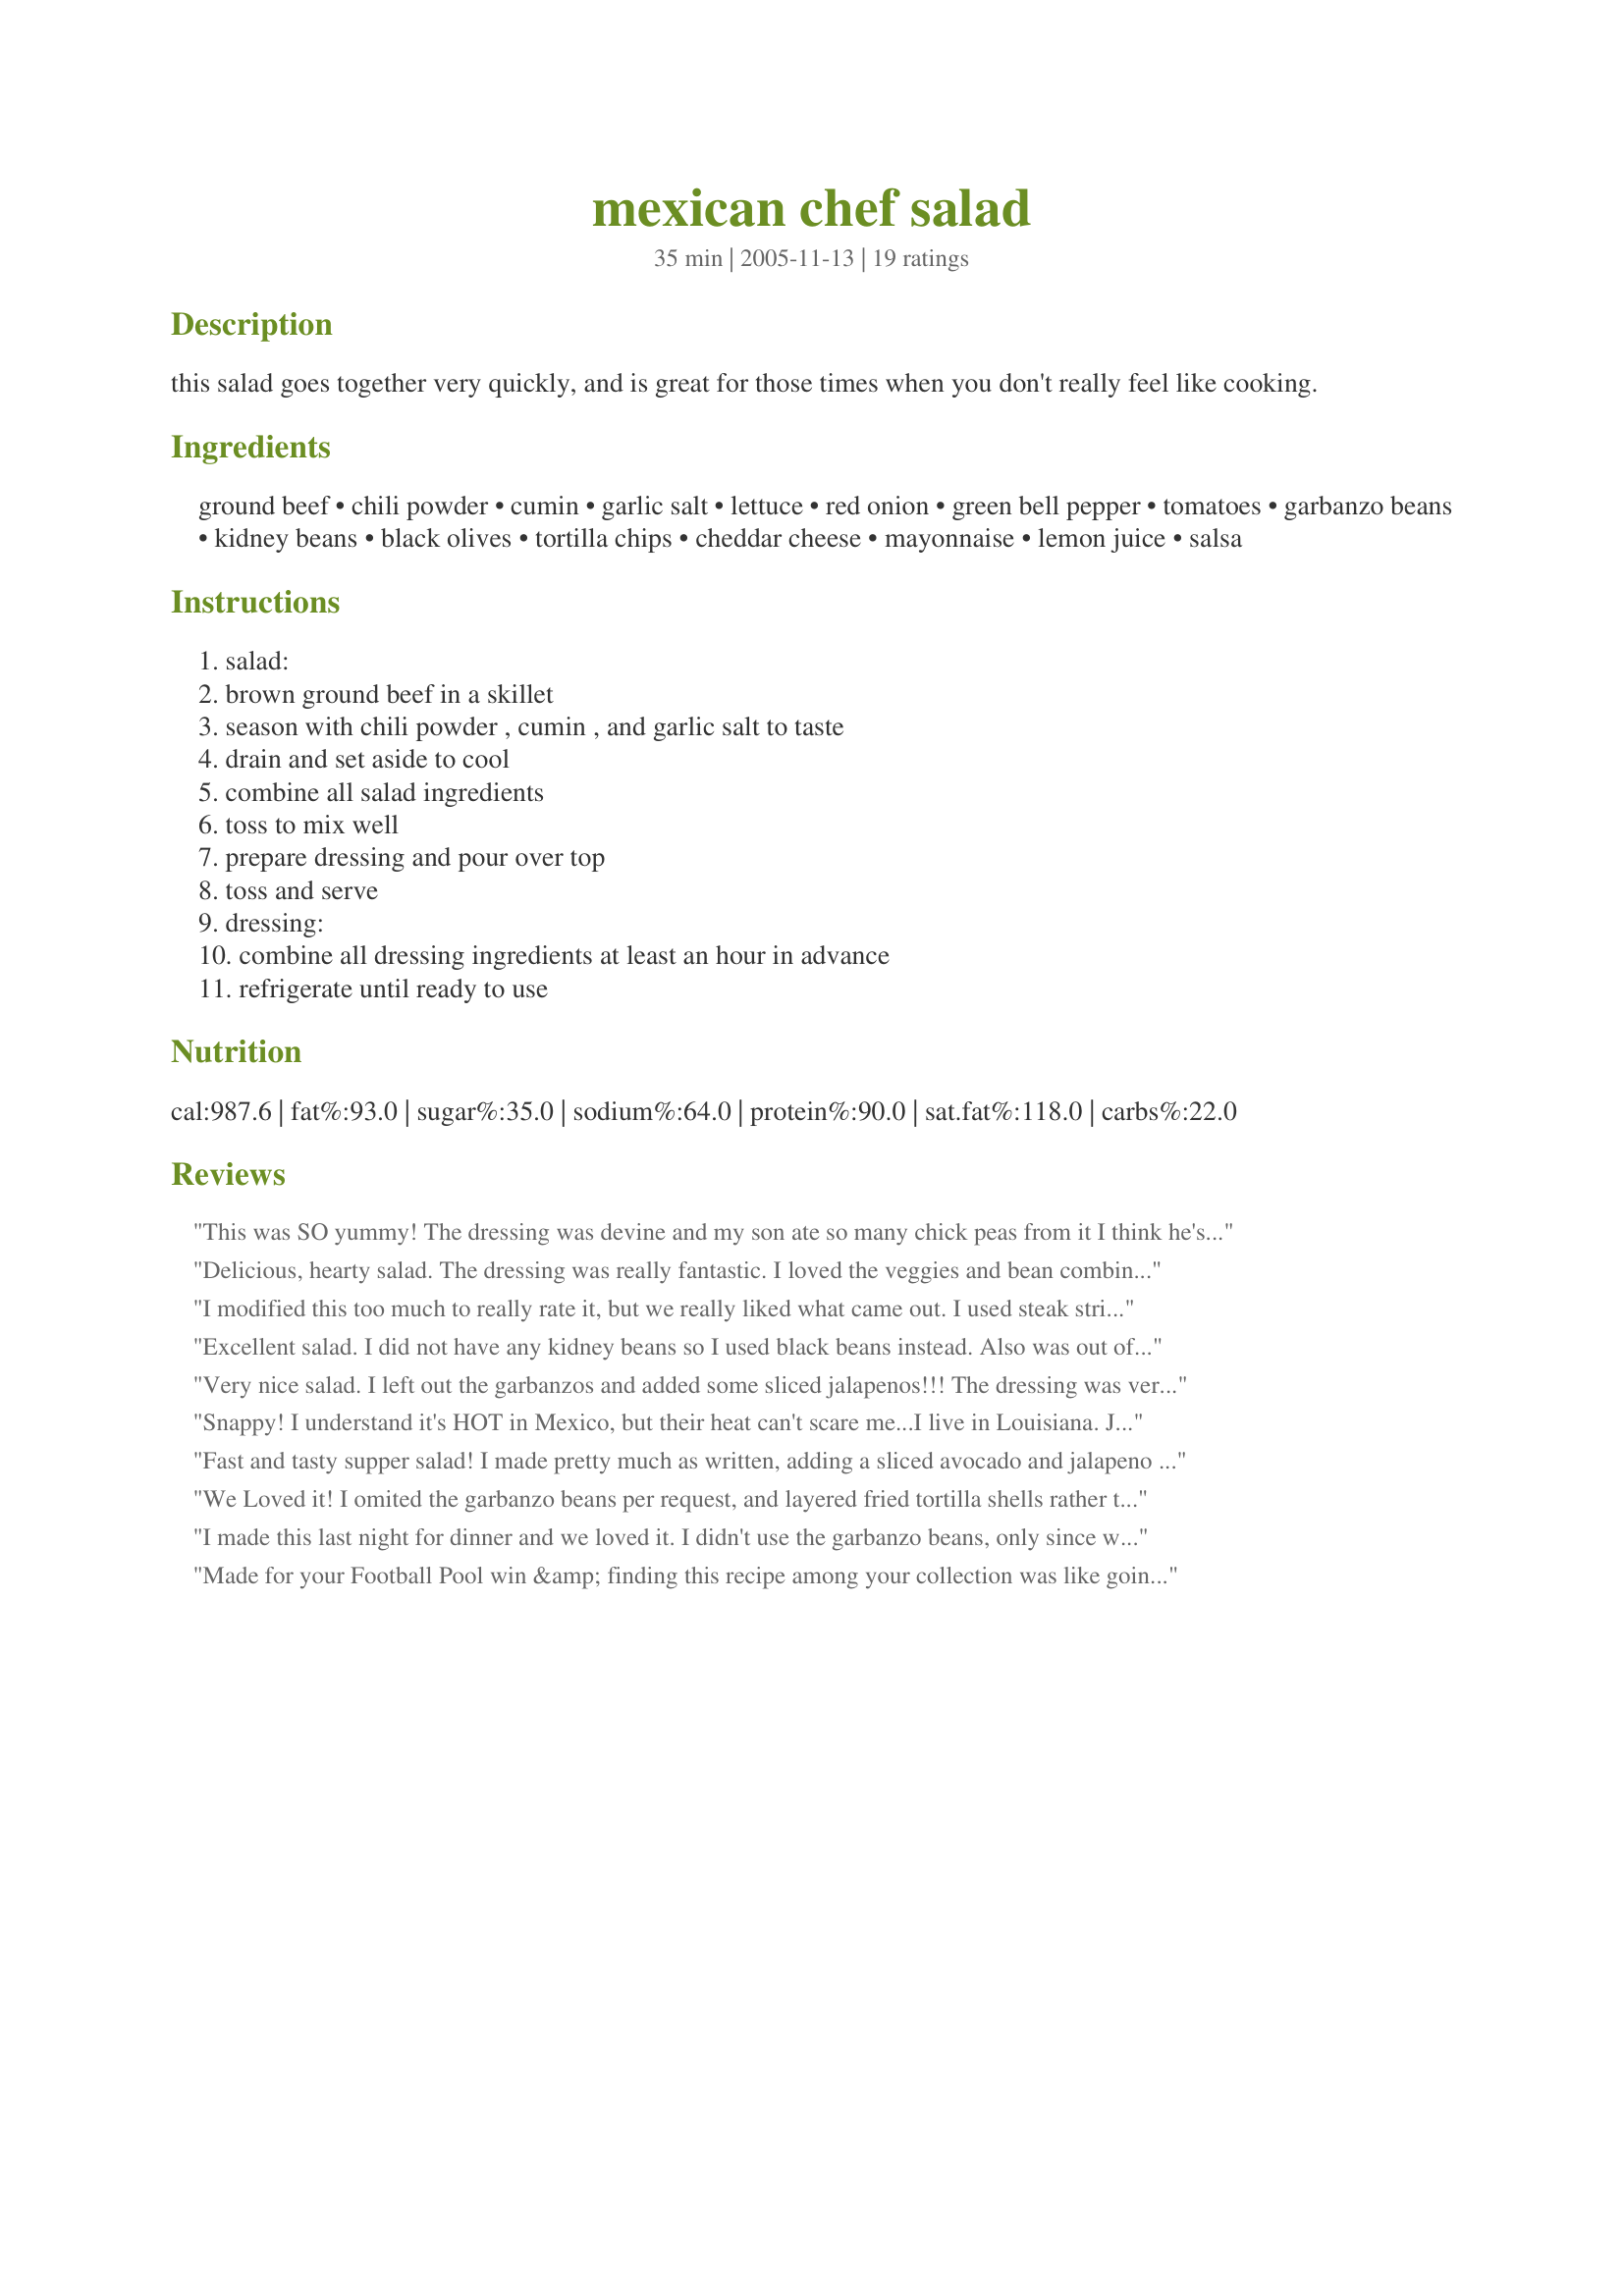
mexican chef salad
Preparation time: 35 minutes

this salad goes together very quickly, and is great for those times when you don't really feel like cooking.

Ingredients:
ground beef, chili powder, cumin, garlic salt, lettuce, red onion, green bell pepper, tomatoes, garbanzo beans, kidney beans, black olives, tortilla chips, cheddar cheese, mayonnaise, lemon juice, salsa

Steps:
salad:, brown ground beef in a skillet, season with chili powder , cumin , and garlic salt to taste, drain and set aside to cool, combine all salad ingredients, toss to mix well, prepare dressing and pour over top, toss and serve, dressing:, combine all dressing ingredients at least an hour in advance, refrigerate until ready to use

Reviews:
This was SO yummy! The dressing was devine and my son ate so many chick peas from it I think he's going to explode. A keeper for sure! Perfect for a lazy weekend meal. We left out the olives and bell pepper and cooked the onion with the beef. YUM!
Delicious, hearty salad. The dressing was really fantastic. I loved the veggies and bean combination. I used a white onion in place of a red, but otherwise I made this just as written. Thanx for a great, simple salad meal. I'll make this again!
I modified this too much to really rate it, but we really liked what came out. I used steak strips rather than ground beef, a whole head of green leaf lettuce, didn't have olives, bell peppers, or corn chips, only used a couple ounces of shredded cheese, and only made half of the dressing (with a reduced fat olive oil mayonnaise) for the entire salad. It lowered the calorie count significantly, which was good for us.
Excellent salad. I did not have any kidney beans so I used black beans instead. Also was out of black olives. I really like the dressing with the combination of the mayonnaise and salsa, I used more cumin than suggested! Will definitely make this again. Made for ZWT8 and The Wild Bunch.
Very nice salad. I left out the garbanzos and added some sliced jalapenos!!! The dressing was very good!
Snappy! I understand it's HOT in Mexico, but their heat can't scare me...I live in Louisiana. Just add a pool. See how helpful I am? Made for ZWT#8~Mexico/Tex-Mex.
Fast and tasty supper salad! I made pretty much as written, adding a sliced avocado and jalapeno to the mix. We are not black olive fans so I subbed kalamatas. For the chips, I made Recipe #260763 and broke them up. The dressing was a great change and complemented the salad well. This will appear again at my house. Thanks for sharing your recipe!
We Loved it! I omited the garbanzo beans per request, and layered fried tortilla shells rather than the crushed chips-sort of like a quesadilla salad-we have had this twice this week-it's now a regular on our rotation!
Thanks for posting,
Di
I made this last night for dinner and we loved it. I didn't use the garbanzo beans, only since we didn't have any and I did add some avocado.....yum. We all loved this salad. I will make again, we love salads in the summertime. It was quick to fix and I almost have all the ingredients on hand always. Thank you for sharing this great salad.
Made for your Football Pool win &amp; finding this recipe among your collection was like going home to Dallas to dine w/old friends. All but 1 of these ingredients are staples for me, so I will admit up front that I left out the kidney beans (not a fan at all). I was otherwise in Tex-Mex heaven. Thx for making losing the Football Pool seem like a reward. :-)
This was a perfect quick and easy dinner on a warm Christmas Eve night...not too heavy and so quick to throw together. We also used your Salsa recipe #142062. Hubby didn't care for the dressing, so he just used the salsa itself, but everything else was fantastic! Thanks for a super recipe and congrats on winning the football pool!
Tasty, easy to throw together. I left out he garbanzo beans (personal preferance). I'll be using this one again. Oh I also added a chopped avacodo. Thanks for sharing and again CONGRATS on your football pool win. (I still plan on your Chicken pot pie at some point)
This was a great salad, has more ingredients than the usual Mexican salad has, this is a huge salad. We have had it for two meals and still have some left over. It would be great for a potluck.
This was a pretty good salad. First time I have had a Mexican salad with garbanzo beans in it. We liked the dressing. 

Thanks Bayhill. 

Bullwinkle
Loved this salad. I too left off the garbanzo beans (personal preference, but other than that made as it. I used about a tablespoon of chili powder and 1 tsp of cumin and 1/2 teaspoon garlic salt to get the flavor I was looking for. I also left the cumin out of the dressing (personal preference.) Thanks Bayhill and congratulations on the football win.
I made this last night for dinner and this was fantastic. I loved the dressing. I will definately be making this again! Thanks so much for posting!
Delicious! This is a great Mexican salad. It is great for a quick weeknight meal. I love all the ingredients in this one and the dressing is outstanding - such wonderful flavor. Thanks for sharing.
Great taco salad and very similar to the one I first tried while living in California. I am not a fan of raw tomatoes or black olives, so I did omit them and I didn&#039;t have any garbanzo beans (although I do like them) so didn&#039;t add them. I really like mixing salsa with either mayonnaise or sour cream so much better then the ones that use that sweet catalina dressing. Thanks for sharing the recipe and congrats again on your win in the football pool!!!
We loved this salad - what a great meal for a blazing hot day. Super tasty and the dressing is awesome. I did have a mini-meltdown while making it though. I am not as familiar as some with Mexican and southwest flavours so when I saw chili and cumin to taste I was at a loss as to where to start. I posted in the Q &A forum here and was given a rough ratio of 2-1 chili powder to cumin. I'm really glad I checked because I would have blithely used equal parts cumin and chili which I gather could have made this very nasty. For other 'beginner' Tex Mex cooks I used 1 Tbsp of chili (it was a mild one) and just a little over 1 tsp each of cumin and garlic powder.<br/>Thanks for the great meal! Made for The Bistro Babes ZWT 8
